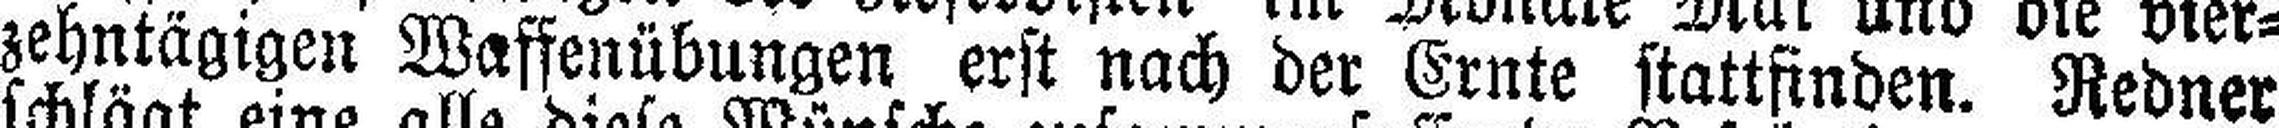
zehntägigen Waffenübungen erst nach der Ernte stattfinden. Redner